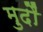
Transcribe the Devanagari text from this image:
मुदौं